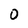
Character: 0